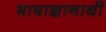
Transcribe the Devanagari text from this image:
भाषाज्ञानार्थी